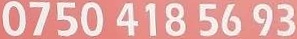
0750 418 5693